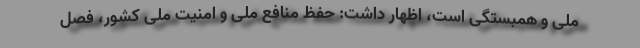
ملی و همبستگی است، اظهار داشت: حفظ منافع ملی و امنیت ملی کشور، فصل